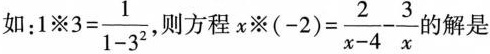
如：$$1 ※ 3 = \frac { 1 } { 1 - ^ { 2 } }$$ 则方程 $$x ※ ( - 2 ) = \frac { 2 } { x - 4 } - \frac { 3 } { x }$$的解是